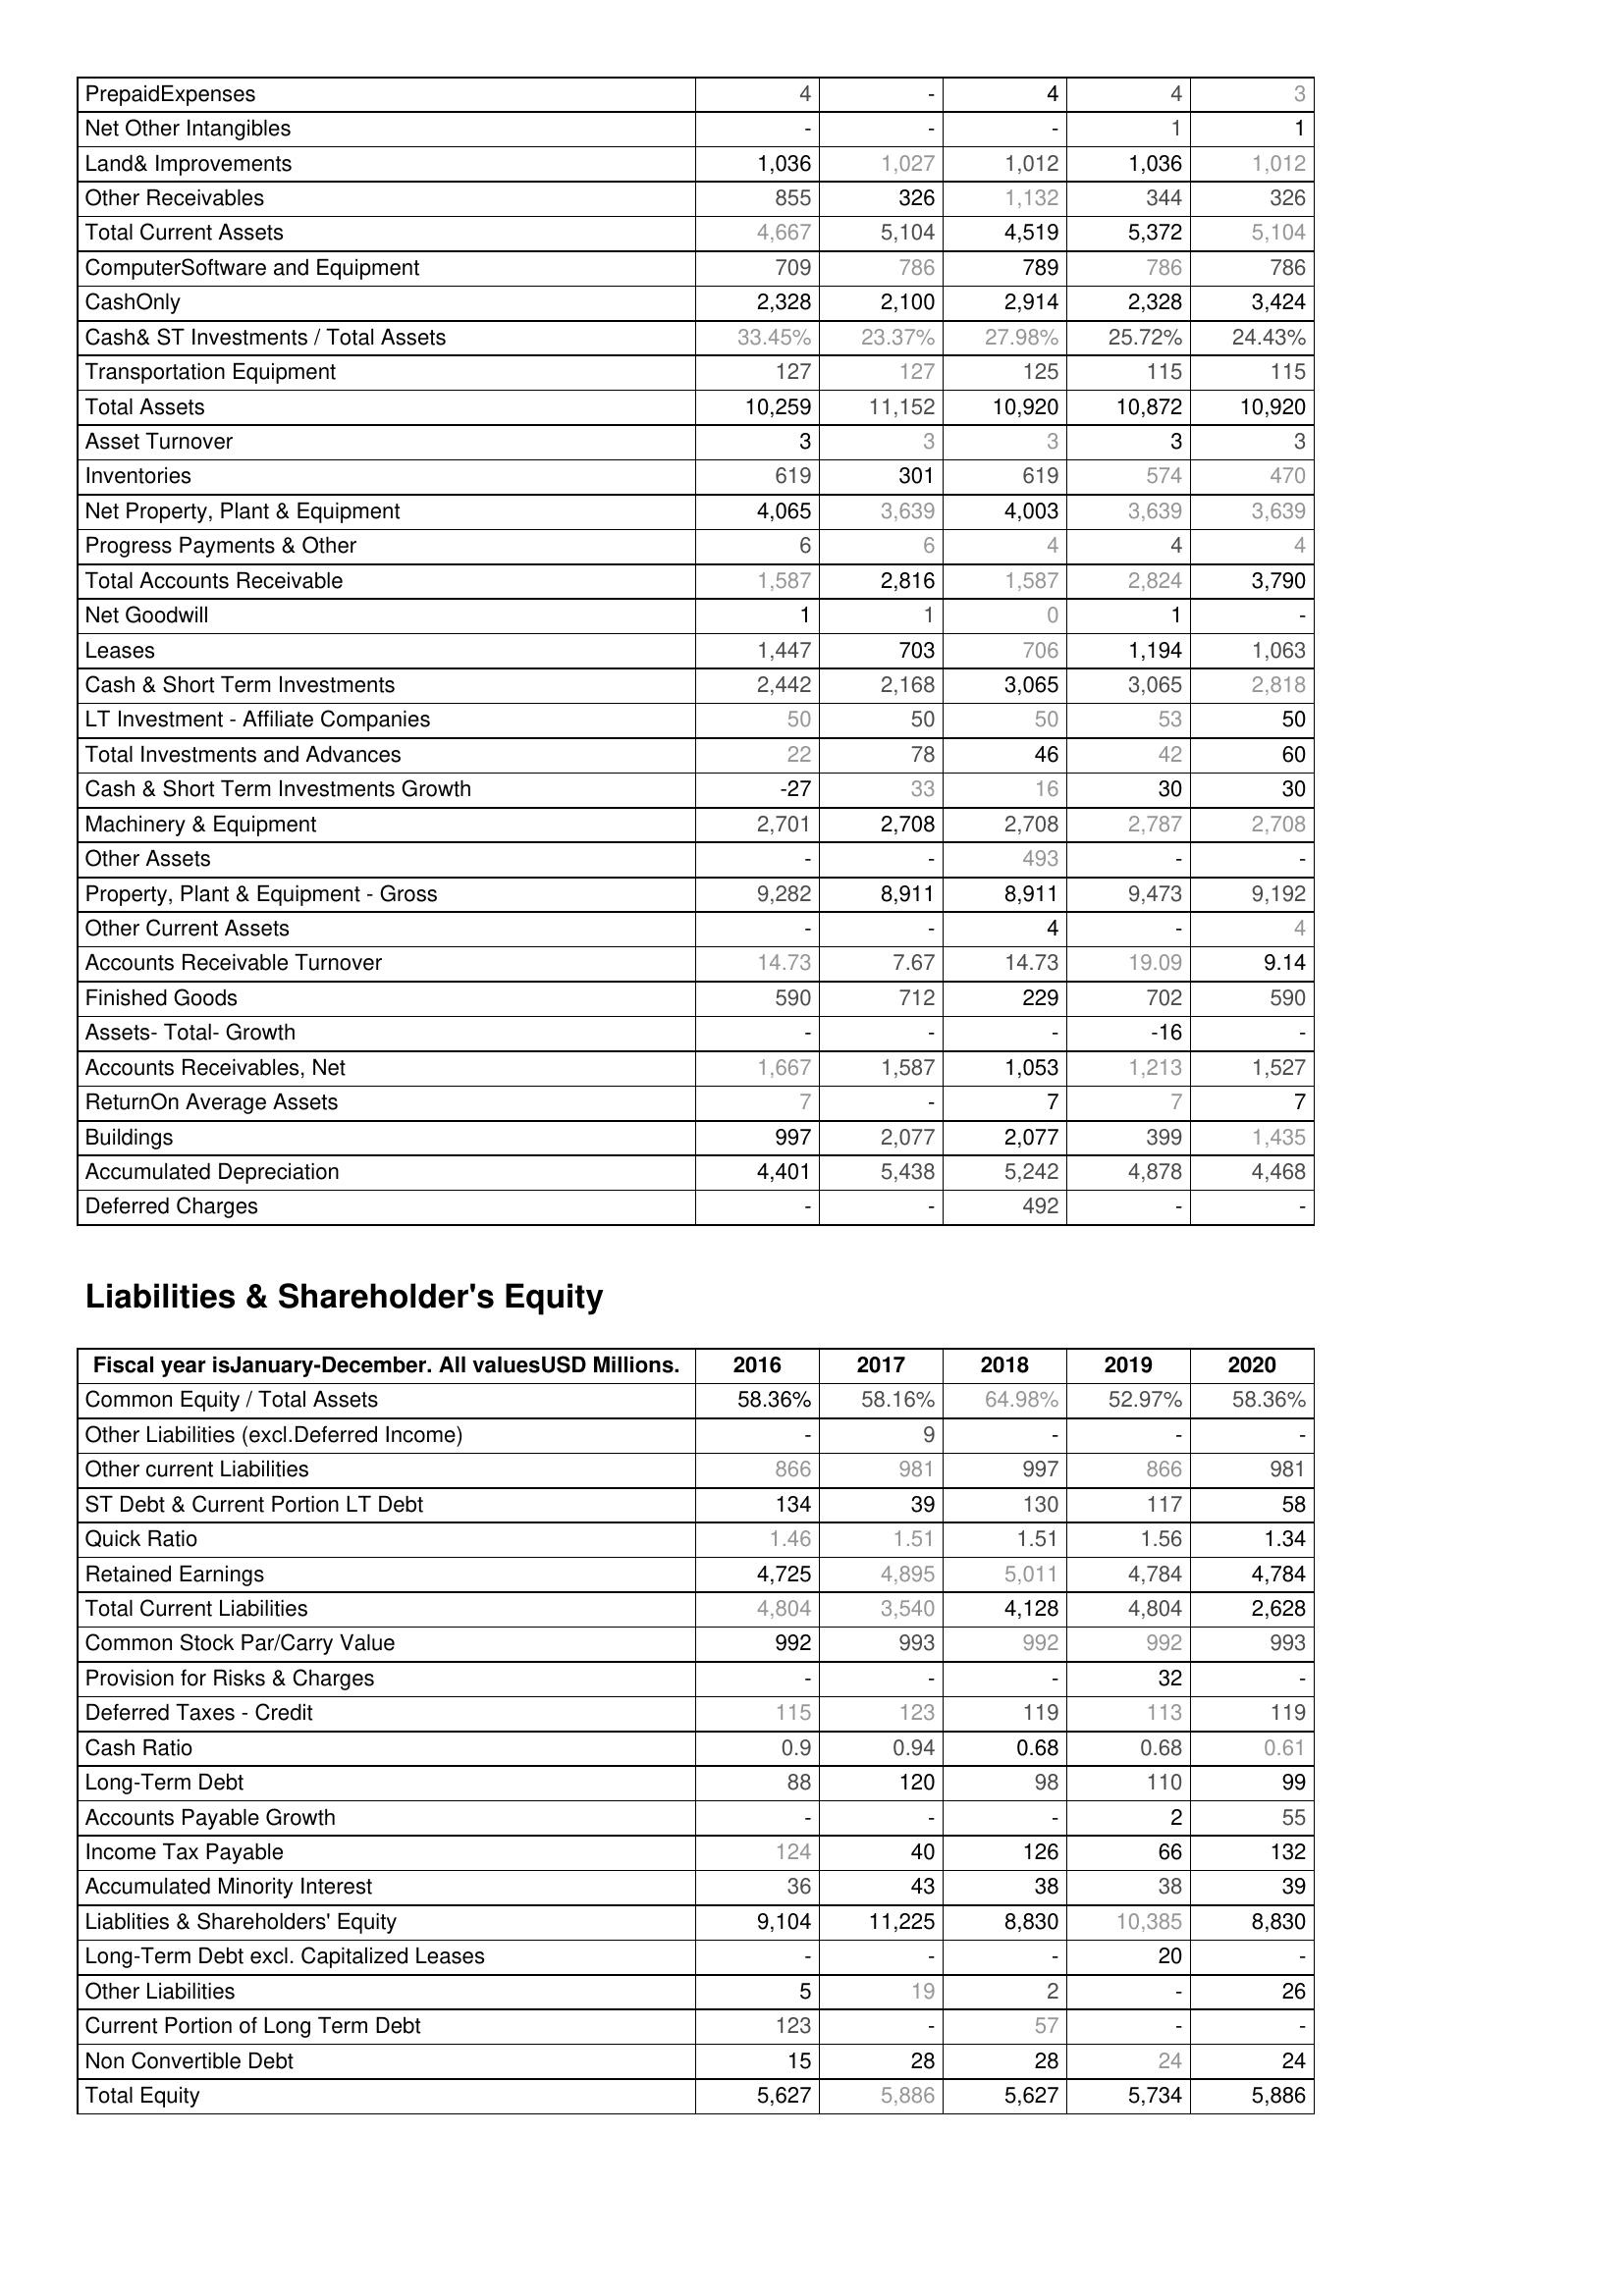
2016: Assets: PrepaidExpenses: 4
Net Other Intangibles: -
Land& Improvements: 1,036
Other Receivables: 855
Total Current Assets: 4,667
ComputerSoftware and Equipment: 709
CashOnly: 2,328
Cash& ST Investments / Total Assets: 33.45%
Transportation Equipment: 127
Total Assets: 10,259
Asset Turnover: 3
Inventories: 619
Net Property, Plant & Equipment: 4,065
Progress Payments & Other: 6
Total Accounts Receivable: 1,587
Net Goodwill: 1
Leases: 1,447
Cash & Short Term Investments: 2,442
LT Investment - Affiliate Companies: 50
Total Investments and Advances: 22
Cash & Short Term Investments Growth: -27
Machinery & Equipment: 2,701
Other Assets: -
Property, Plant & Equipment - Gross : 9,282
Other Current Assets: -
Accounts Receivable Turnover: 14.73
Finished Goods: 590
Assets- Total- Growth: -
Accounts Receivables, Net: 1,667
ReturnOn Average Assets: 7
Buildings: 997
Accumulated Depreciation: 4,401
Deferred Charges: -
Liabilities & Shareholder's Equity: Common Equity / Total Assets: 58.36%
Other Liabilities (excl.Deferred Income): -
Other current Liabilities: 866
ST Debt & Current Portion LT Debt: 134
Quick Ratio: 1.46
Retained Earnings: 4,725
Total Current Liabilities: 4,804
Common Stock Par/Carry Value: 992
Provision for Risks & Charges: -
Deferred Taxes - Credit: 115
Cash Ratio: 0.9
Long-Term Debt: 88
Accounts Payable Growth: -
Income Tax Payable: 124
Accumulated Minority Interest: 36
Liablities & Shareholders' Equity: 9,104
Long-Term Debt excl. Capitalized Leases: -
Other Liabilities: 5
Current Portion of Long Term Debt: 123
Non Convertible Debt: 15
Total Equity: 5,627
2017: Assets: PrepaidExpenses: -
Net Other Intangibles: -
Land& Improvements: 1,027
Other Receivables: 326
Total Current Assets: 5,104
ComputerSoftware and Equipment: 786
CashOnly: 2,100
Cash& ST Investments / Total Assets: 23.37%
Transportation Equipment: 127
Total Assets: 11,152
Asset Turnover: 3
Inventories: 301
Net Property, Plant & Equipment: 3,639
Progress Payments & Other: 6
Total Accounts Receivable: 2,816
Net Goodwill: 1
Leases: 703
Cash & Short Term Investments: 2,168
LT Investment - Affiliate Companies: 50
Total Investments and Advances: 78
Cash & Short Term Investments Growth: 33
Machinery & Equipment: 2,708
Other Assets: -
Property, Plant & Equipment - Gross : 8,911
Other Current Assets: -
Accounts Receivable Turnover: 7.67
Finished Goods: 712
Assets- Total- Growth: -
Accounts Receivables, Net: 1,587
ReturnOn Average Assets: -
Buildings: 2,077
Accumulated Depreciation: 5,438
Deferred Charges: -
Liabilities & Shareholder's Equity: Common Equity / Total Assets: 58.16%
Other Liabilities (excl.Deferred Income): 9
Other current Liabilities: 981
ST Debt & Current Portion LT Debt: 39
Quick Ratio: 1.51
Retained Earnings: 4,895
Total Current Liabilities: 3,540
Common Stock Par/Carry Value: 993
Provision for Risks & Charges: -
Deferred Taxes - Credit: 123
Cash Ratio: 0.94
Long-Term Debt: 120
Accounts Payable Growth: -
Income Tax Payable: 40
Accumulated Minority Interest: 43
Liablities & Shareholders' Equity: 11,225
Long-Term Debt excl. Capitalized Leases: -
Other Liabilities: 19
Current Portion of Long Term Debt: -
Non Convertible Debt: 28
Total Equity: 5,886
2018: Assets: PrepaidExpenses: 4
Net Other Intangibles: -
Land& Improvements: 1,012
Other Receivables: 1,132
Total Current Assets: 4,519
ComputerSoftware and Equipment: 789
CashOnly: 2,914
Cash& ST Investments / Total Assets: 27.98%
Transportation Equipment: 125
Total Assets: 10,920
Asset Turnover: 3
Inventories: 619
Net Property, Plant & Equipment: 4,003
Progress Payments & Other: 4
Total Accounts Receivable: 1,587
Net Goodwill: 0
Leases: 706
Cash & Short Term Investments: 3,065
LT Investment - Affiliate Companies: 50
Total Investments and Advances: 46
Cash & Short Term Investments Growth: 16
Machinery & Equipment: 2,708
Other Assets: 493
Property, Plant & Equipment - Gross : 8,911
Other Current Assets: 4
Accounts Receivable Turnover: 14.73
Finished Goods: 229
Assets- Total- Growth: -
Accounts Receivables, Net: 1,053
ReturnOn Average Assets: 7
Buildings: 2,077
Accumulated Depreciation: 5,242
Deferred Charges: 492
Liabilities & Shareholder's Equity: Common Equity / Total Assets: 64.98%
Other Liabilities (excl.Deferred Income): -
Other current Liabilities: 997
ST Debt & Current Portion LT Debt: 130
Quick Ratio: 1.51
Retained Earnings: 5,011
Total Current Liabilities: 4,128
Common Stock Par/Carry Value: 992
Provision for Risks & Charges: -
Deferred Taxes - Credit: 119
Cash Ratio: 0.68
Long-Term Debt: 98
Accounts Payable Growth: -
Income Tax Payable: 126
Accumulated Minority Interest: 38
Liablities & Shareholders' Equity: 8,830
Long-Term Debt excl. Capitalized Leases: -
Other Liabilities: 2
Current Portion of Long Term Debt: 57
Non Convertible Debt: 28
Total Equity: 5,627
2019: Assets: PrepaidExpenses: 4
Net Other Intangibles: 1
Land& Improvements: 1,036
Other Receivables: 344
Total Current Assets: 5,372
ComputerSoftware and Equipment: 786
CashOnly: 2,328
Cash& ST Investments / Total Assets: 25.72%
Transportation Equipment: 115
Total Assets: 10,872
Asset Turnover: 3
Inventories: 574
Net Property, Plant & Equipment: 3,639
Progress Payments & Other: 4
Total Accounts Receivable: 2,824
Net Goodwill: 1
Leases: 1,194
Cash & Short Term Investments: 3,065
LT Investment - Affiliate Companies: 53
Total Investments and Advances: 42
Cash & Short Term Investments Growth: 30
Machinery & Equipment: 2,787
Other Assets: -
Property, Plant & Equipment - Gross : 9,473
Other Current Assets: -
Accounts Receivable Turnover: 19.09
Finished Goods: 702
Assets- Total- Growth: -16
Accounts Receivables, Net: 1,213
ReturnOn Average Assets: 7
Buildings: 399
Accumulated Depreciation: 4,878
Deferred Charges: -
Liabilities & Shareholder's Equity: Common Equity / Total Assets: 52.97%
Other Liabilities (excl.Deferred Income): -
Other current Liabilities: 866
ST Debt & Current Portion LT Debt: 117
Quick Ratio: 1.56
Retained Earnings: 4,784
Total Current Liabilities: 4,804
Common Stock Par/Carry Value: 992
Provision for Risks & Charges: 32
Deferred Taxes - Credit: 113
Cash Ratio: 0.68
Long-Term Debt: 110
Accounts Payable Growth: 2
Income Tax Payable: 66
Accumulated Minority Interest: 38
Liablities & Shareholders' Equity: 10,385
Long-Term Debt excl. Capitalized Leases: 20
Other Liabilities: -
Current Portion of Long Term Debt: -
Non Convertible Debt: 24
Total Equity: 5,734
2020: Assets: PrepaidExpenses: 3
Net Other Intangibles: 1
Land& Improvements: 1,012
Other Receivables: 326
Total Current Assets: 5,104
ComputerSoftware and Equipment: 786
CashOnly: 3,424
Cash& ST Investments / Total Assets: 24.43%
Transportation Equipment: 115
Total Assets: 10,920
Asset Turnover: 3
Inventories: 470
Net Property, Plant & Equipment: 3,639
Progress Payments & Other: 4
Total Accounts Receivable: 3,790
Net Goodwill: -
Leases: 1,063
Cash & Short Term Investments: 2,818
LT Investment - Affiliate Companies: 50
Total Investments and Advances: 60
Cash & Short Term Investments Growth: 30
Machinery & Equipment: 2,708
Other Assets: -
Property, Plant & Equipment - Gross : 9,192
Other Current Assets: 4
Accounts Receivable Turnover: 9.14
Finished Goods: 590
Assets- Total- Growth: -
Accounts Receivables, Net: 1,527
ReturnOn Average Assets: 7
Buildings: 1,435
Accumulated Depreciation: 4,468
Deferred Charges: -
Liabilities & Shareholder's Equity: Common Equity / Total Assets: 58.36%
Other Liabilities (excl.Deferred Income): -
Other current Liabilities: 981
ST Debt & Current Portion LT Debt: 58
Quick Ratio: 1.34
Retained Earnings: 4,784
Total Current Liabilities: 2,628
Common Stock Par/Carry Value: 993
Provision for Risks & Charges: -
Deferred Taxes - Credit: 119
Cash Ratio: 0.61
Long-Term Debt: 99
Accounts Payable Growth: 55
Income Tax Payable: 132
Accumulated Minority Interest: 39
Liablities & Shareholders' Equity: 8,830
Long-Term Debt excl. Capitalized Leases: -
Other Liabilities: 26
Current Portion of Long Term Debt: -
Non Convertible Debt: 24
Total Equity: 5,886